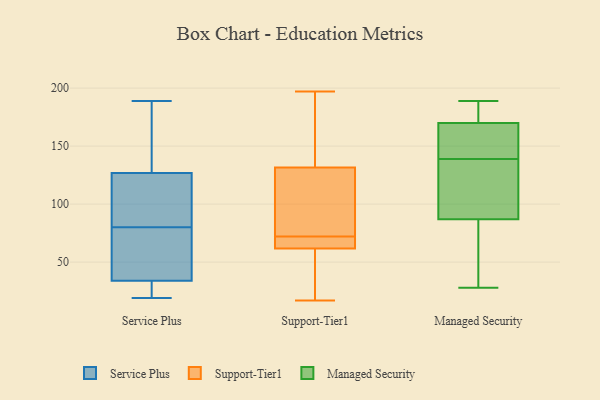
{"axis": {"x": "Inventory Turnover", "y": "Value"}, "legend": ["Managed Security", "Service Plus", "Support-Tier1"], "data": [{"x": "", "y": 158, "type": "Service Plus"}, {"x": "", "y": 189, "type": "Service Plus"}, {"x": "", "y": 154, "type": "Service Plus"}, {"x": "", "y": 126, "type": "Service Plus"}, {"x": "", "y": 80, "type": "Service Plus"}, {"x": "", "y": 31, "type": "Service Plus"}, {"x": "", "y": 97, "type": "Service Plus"}, {"x": "", "y": 63, "type": "Service Plus"}, {"x": "", "y": 29, "type": "Service Plus"}, {"x": "", "y": 104, "type": "Service Plus"}, {"x": "", "y": 19, "type": "Service Plus"}, {"x": "", "y": 81, "type": "Service Plus"}, {"x": "", "y": 43, "type": "Service Plus"}, {"x": "", "y": 29, "type": "Service Plus"}, {"x": "", "y": 71, "type": "Service Plus"}, {"x": "", "y": 23, "type": "Service Plus"}, {"x": "", "y": 145, "type": "Service Plus"}, {"x": "", "y": 127, "type": "Service Plus"}, {"x": "", "y": 74, "type": "Service Plus"}, {"x": "", "y": 114, "type": "Support-Tier1"}, {"x": "", "y": 190, "type": "Support-Tier1"}, {"x": "", "y": 52, "type": "Support-Tier1"}, {"x": "", "y": 65, "type": "Support-Tier1"}, {"x": "", "y": 71, "type": "Support-Tier1"}, {"x": "", "y": 107, "type": "Support-Tier1"}, {"x": "", "y": 17, "type": "Support-Tier1"}, {"x": "", "y": 175, "type": "Support-Tier1"}, {"x": "", "y": 17, "type": "Support-Tier1"}, {"x": "", "y": 117, "type": "Support-Tier1"}, {"x": "", "y": 69, "type": "Support-Tier1"}, {"x": "", "y": 72, "type": "Support-Tier1"}, {"x": "", "y": 197, "type": "Support-Tier1"}, {"x": "", "y": 138, "type": "Managed Security"}, {"x": "", "y": 167, "type": "Managed Security"}, {"x": "", "y": 135, "type": "Managed Security"}, {"x": "", "y": 87, "type": "Managed Security"}, {"x": "", "y": 170, "type": "Managed Security"}, {"x": "", "y": 182, "type": "Managed Security"}, {"x": "", "y": 28, "type": "Managed Security"}, {"x": "", "y": 187, "type": "Managed Security"}, {"x": "", "y": 60, "type": "Managed Security"}, {"x": "", "y": 131, "type": "Managed Security"}, {"x": "", "y": 80, "type": "Managed Security"}, {"x": "", "y": 168, "type": "Managed Security"}, {"x": "", "y": 140, "type": "Managed Security"}, {"x": "", "y": 189, "type": "Managed Security"}]}